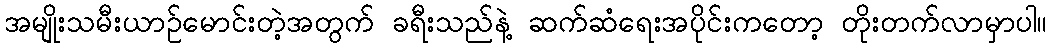
အမျိုးသမီးယာဉ်မောင်းတဲ့အတွက် ခရီးသည်နဲ့ ဆက်ဆံရေးအပိုင်းကတော့ တိုးတက်လာမှာပါ။